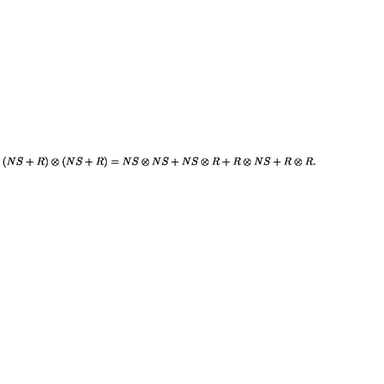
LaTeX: ( N S + R ) \otimes ( N S + R ) = N S \otimes N S + N S \otimes R + R \otimes N S + R \otimes R .